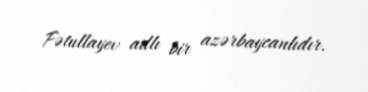
Fətullayev adlı bir azərbaycanlıdır.